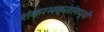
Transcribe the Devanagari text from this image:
शंकरभक्तांमध्ये